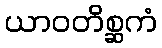
ယာဝတိစ္ဆကံ